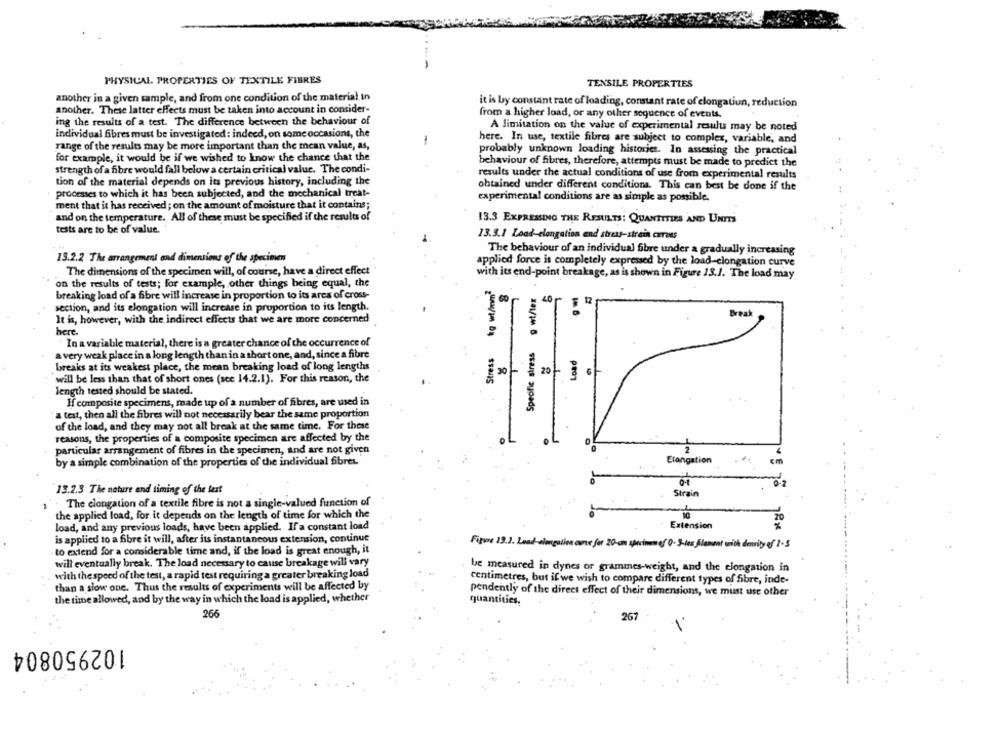
PHYSICAL PROPERTIES OF TEXTILE FIBRES
TENSILE PROPERTIES
another in a given sample, and from one condition of the material in
it is by constant rate of loading, constant rate of clongatiun, reduction
another. These latter effects must be taken into account in consider-
from a higher load, or any other sequence of events.
ing the results of a test. The difference between the behaviour of
A limitation on the value of experimental results may be noted
individual fibres must be investigated: indeed, on some occasions, the
range of the results may be more important than the mean value, as,
here. In use, textile fibres are subject to complex, variable, and
probably unknown loading histories. In assessing the practical
for example, it would be if we wished to know the chance that the
strength of a fibre would fall below a certain critical value. The condi-
behaviour of fibres, therefore, attempts must be made to predict the
results under the actual conditions of use from experimental results
tion of the material depends on its previous history, including the
obtained under different conditions. This can best be done if the
processes to which it has been subjected, and the mechanical treat-
experimental conditions are as simple as possible.
ment that it has received ; on the amount of moisture that it contains;
and on the temperature. All of these must be specified if the results of
13.3 EXPRESSING THE RESULTS: QUANTITIES AND UNITS
tests are to be of value.
13.3.1 Load-clangation and stress-strain caress
The behaviour of an individual fibre under a gradually increasing
13.2.2 The arrangement and dimensions of the specimen
applied force is completely expressed by the load-clongation curve
The dimensions of the specimen will, of course, have a direct effect
with its end-point breakage, as is shown in Figure 13.1. The load may
on the results of tests; for example, other things being equal, the
Speofic stress g wt/lex
.
breaking load of a fibre will increase in proportion to its area of cross-
60
section, and its elongation will increase in proportion to its length.
40r
Break
It is, however, with the indirect effects that we are more concerned
here.
In a variable material, there is a greater chance of the occurrence of
Stress
a very weak place in a long length than in a short one, and, since a fibre
breaks at its weakest place, the mean breaking load of long lengths
30
20+ 36
will be less than that of short ones (see 14.2.1). For this reason, the
length tested should be stated.
If composite specimens, made up of a number of fibres, are used in
a test, then all the fibres will not necessarily bear the same proportion
of the load, and they may not all break at the same time. For these
reasons, the properties of a composite specimen are affected by the
particular arrangement of fibres in the specimen, and are not given
2
Elongation
by a simple combination of the properties of the individual fibres.
13.2.3 The nature and timing of the last
Strain
The elongation of a textile fibre is not a single-valued function of
the applied load, for it depends on the length of time for which the
10
20
load, and any previous loads, have been applied. If a constant load
Extension
is applied to a fibre it will, after its instantaneous extension, continue
Figur 13.J. Load-alegation care for 20-cm specimen of 0. 3-les filament with density of 1-5
to extend for a considerable time and, if the load is great enough, it
will eventually break. The load necessary to cause breakage will vary
be measured in dynes or grammes-weight, and the clongation in
with the speed of the test, a rapid test requiring a greater breaking load
centimetres, but if we wish to compare different types of fibre, inde-
than a slow one. Thus the results of experiments will be affected by
pendently of the direct effect of their dimensions, we must use other
the time allowed, and by the way in which the load is applied, whether
quantities.
266
267
102950804